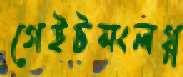
গেইটসংলগ্ন